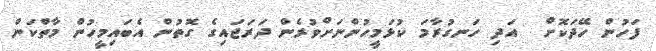
ފަހުން ހޭދަކޮށް  އަދި ހަނގުރާމަ ކުޅަމީހުންނަށްވުރެން ދަރަޖައިގެ ގޮތުން އެބައިމީހުން މާތްކަން